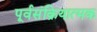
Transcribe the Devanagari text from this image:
पूर्वसंक्रियात्मक